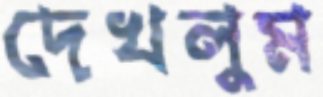
দেখলুম